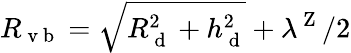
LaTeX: R_{\mathrm{~v~b~}}=\sqrt{R_{\mathrm{~d~}}^{2}+h_{\mathrm{~d~}}^{2}}+\lambda^{\mathrm{~Z~}}/2